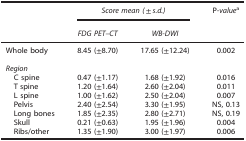
|  | <COLSPAN=2> Score mean (±s.d.) | P-valuea |
 |  | FDG PET–CT | WB-DWI |  |
 | --- | --- | --- | --- |
 | Whole body | 8.45 (±8.70) | 17.65 (±12.24) | 0.002 |
 | <COLSPAN=4>  |
 | <COLSPAN=4> Region |
 | C spine | 0.47 (±1.17) | 1.68 (±1.92) | 0.016 |
 | T spine | 1.20 (±1.64) | 2.60 (±2.04) | 0.011 |
 | L spine | 1.00 (±1.62) | 2.50 (±2.04) | 0.007 |
 | Pelvis | 2.40 (±2.54) | 3.30 (±1.95) | NS, 0.13 |
 | Long bones | 1.85 (±2.35) | 2.80 (±2.71) | NS, 0.19 |
 | Skull | 0.21 (±0.63) | 1.95 (±1.96) | 0.004 |
 | Ribs/other | 1.35 (±1.90) | 3.00 (±1.97) | 0.006 |